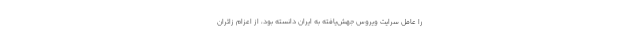
را عامل سرایت ویروس جهش‌یافته به ایران دانسته بود، از اعزام زائران